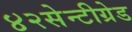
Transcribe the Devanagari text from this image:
४२सेन्टीग्रेड